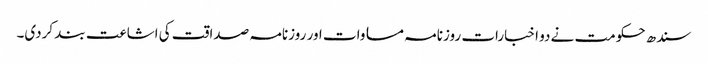
سندھ حکومت نے دو اخبارات روزنامہ مساوات اور روزنامہ صداقت کی اشاعت بند کردی۔